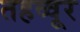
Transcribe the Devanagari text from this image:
तहव्वूर